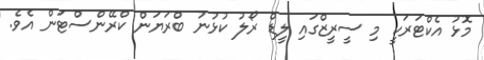
މޮޅު އެކްޓަރަކީ މި ސީރީޒްގައި ލީޑް ރޯލު ކުޅުނު ބްރަޔަން ކްރޭންސްޓަން އެވެ.